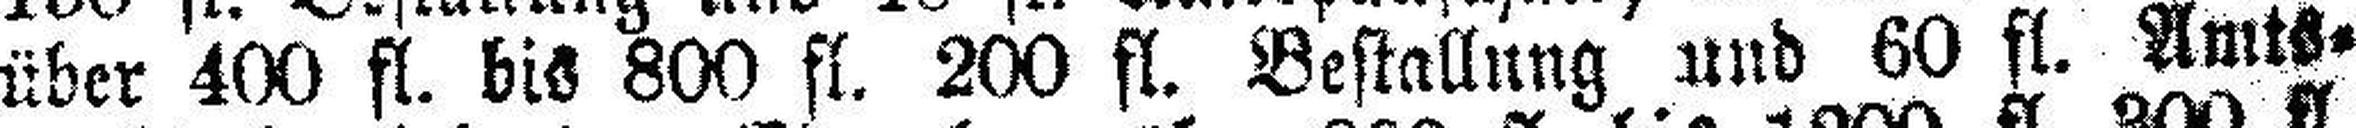
über 400 fl. bis 800 fl. 200 fl. Bestallung und 60 fl. Amts¬